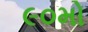
૯૦મો